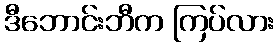
ဒီဘောင်းဘီက ကြပ်လား